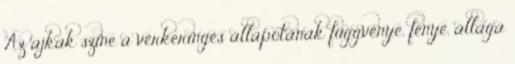
Az ajkak színe a vérkeringés állapotának függvénye, fénye, állaga